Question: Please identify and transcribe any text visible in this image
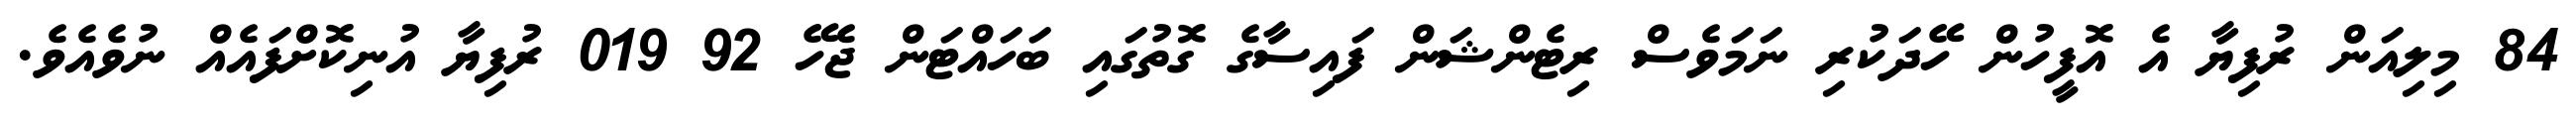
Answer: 84 މިލިއަން ރުފިޔާ އެ އޮފީހުން ހޭދަކުރި ނަމަވެސް ރިޓެންޝަން ފައިސާގެ ގޮތުގައި ބަހައްޓަން ޖެހޭ 92 019 ރުފިޔާ އުނިކޮށްފައެއް ނުވެއެވެ.